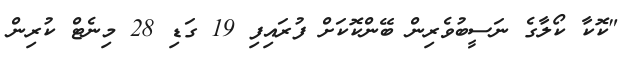
"ކޮކާ ކޯލާގެ ނަސީބުވެރިން ބޭންކޮކަށް ފުރައިފި 19 ގަޑި 28 މިނެޓް ކުރިން